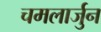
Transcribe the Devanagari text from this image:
चमलार्जुन